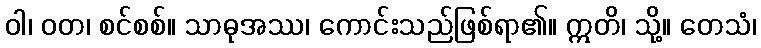
ဝါ၊ ဝတ၊ စင်စစ်။ သာဓုအဿ၊ ကောင်းသည်ဖြစ်ရာ၏။ ဣတိ၊ သို့။ တေသံ၊